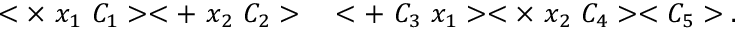
\begin{array} { r l } { < \times ~ x _ { 1 } ~ C _ { 1 } > < + ~ x _ { 2 } ~ C _ { 2 } > } & { { } < + ~ C _ { 3 } ~ x _ { 1 } > < \times ~ x _ { 2 } ~ C _ { 4 } > < C _ { 5 } > . } \end{array}